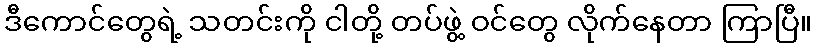
ဒီကောင်တွေရဲ့ သတင်းကို ငါတို့ တပ်ဖွဲ့ ဝင်တွေ လိုက်နေတာ ကြာပြီ။